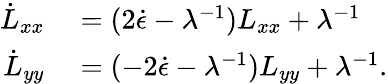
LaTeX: \begin{array}{rl}{\dot{L}_{xx}}&{{}=(2\dot{\epsilon}-\lambda^{-1})L_{xx}+\lambda^{-1}}\\ {\dot{L}_{yy}}&{{}=(-2\dot{\epsilon}-\lambda^{-1})L_{yy}+\lambda^{-1}.}\end{array}